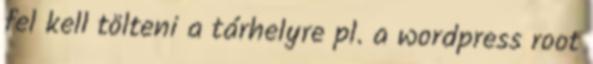
fel kell tölteni a tárhelyre pl. a wordpress root